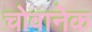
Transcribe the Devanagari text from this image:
चोवानेक